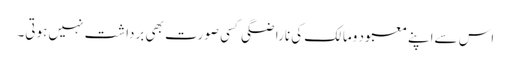
اس سےاپنے معبود ومالک کی ناراضگی کسی صورت بھی برداشت نہیں ہوتی۔